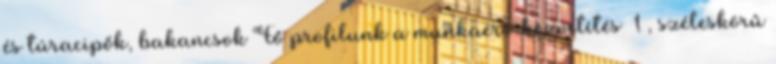
és túracipők, bakancsok Fő profilunk a munkaerő-közvetítés 1 , széleskörű